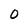
Character: 0